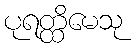
ပုရတ္ထိမေသု